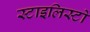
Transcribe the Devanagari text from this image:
स्टाइलिस्टों